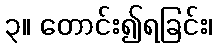
၃။ တောင်း၍ရခြင်း၊